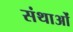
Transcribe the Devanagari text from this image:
संथाओं